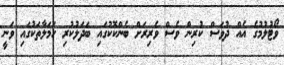
ވޯޓުލުމުގެ އެއް ދުވަސް ކުރިން ވެސް ވެރިރަށް ބެންކޮކުގައި ބަދަލުކުރި ހަމަލާތަކުގައި ވަނީ